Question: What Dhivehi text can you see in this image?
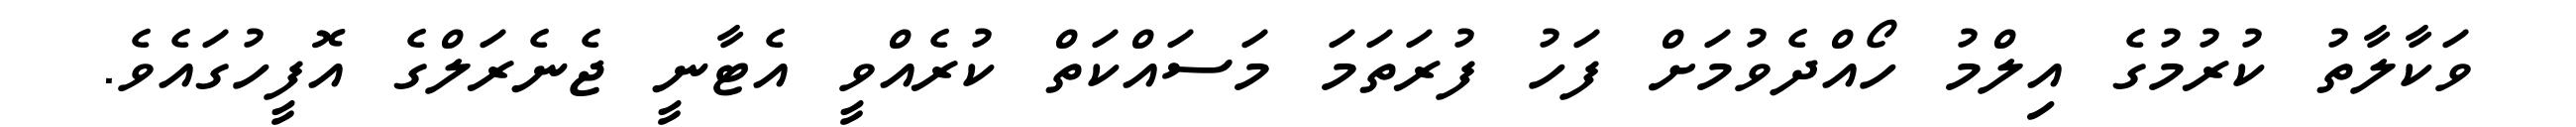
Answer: ވަކާލާތު ކުރުމުގެ އިލްމު ހޯއްދެވުމަށް ފަހު ފުރަތަމަ މަސައްކަތް ކުރެއްވީ އެޓާނީ ޖެނެރަލްގެ އޮފީހުގައެވެ.